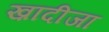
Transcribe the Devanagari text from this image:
ख़ादीजा